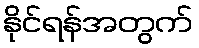
နိုင်ရန်အတွက်